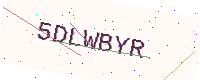
Text: 5DLWBYR